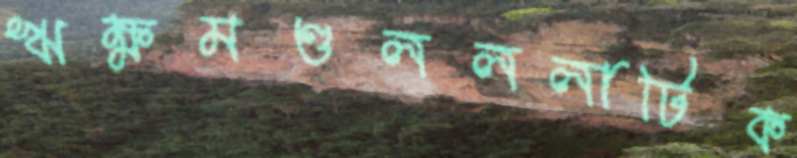
ঋক্ষমণ্ডলললাটিক